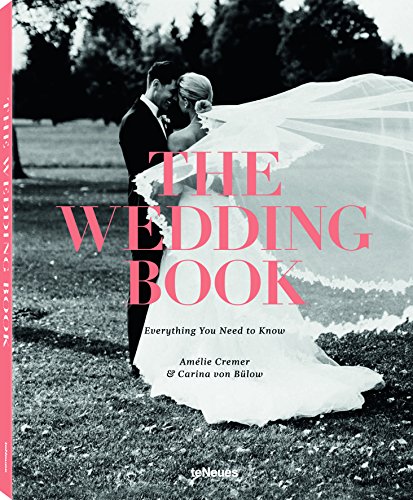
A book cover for The Wedding Book: Everything You Need to Know; Carina von BÃ¼low; Crafts, Hobbies & Home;